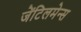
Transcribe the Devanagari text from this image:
जेंटिलमेन्स